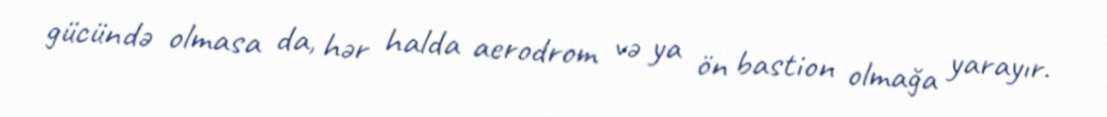
gücündə olmasa da, hər halda aerodrom və ya ön bastion olmağa yarayır.